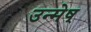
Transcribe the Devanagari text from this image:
उन्मेष्